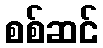
စစ်ဆင်